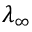
\lambda _ { \infty }